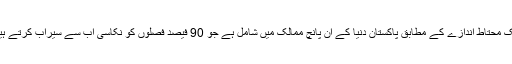
ایک محتاط اندازے کے مطابق پاکستان دنیا کے ان پانچ ممالک میں شامل ہے جو 90 فیصد فصلوں کو نکاسی آب سے سیراب کرتے ہیں۔